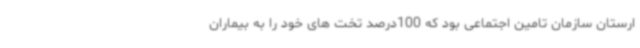
ارستان سازمان تامین اجتماعی بود که 100درصد تخت های خود را به بیماران